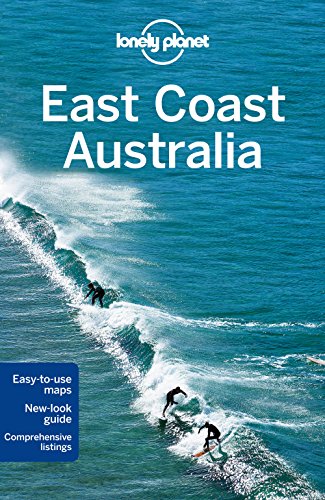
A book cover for Lonely Planet East Coast Australia (Travel Guide); Lonely Planet; Sports & Outdoors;